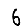
Digit: 6